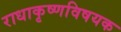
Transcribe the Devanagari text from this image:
राधाकृष्णविषयक